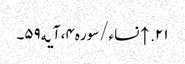
۲۱. ↑ نساء/سوره۴، آیه۵۹۔